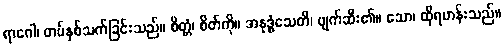
ရာဂေါ၊ တပ်နှစ်သက်ခြင်းသည်။ စိတ္တံ၊ စိတ်ကို။ အနုဒ္ဓံသေတိ၊ ဖျက်ဆီး၏။ သော၊ ထိုရဟန်းသည်။